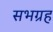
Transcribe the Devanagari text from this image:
सभग्रह